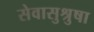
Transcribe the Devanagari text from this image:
सेवासुश्रुषा